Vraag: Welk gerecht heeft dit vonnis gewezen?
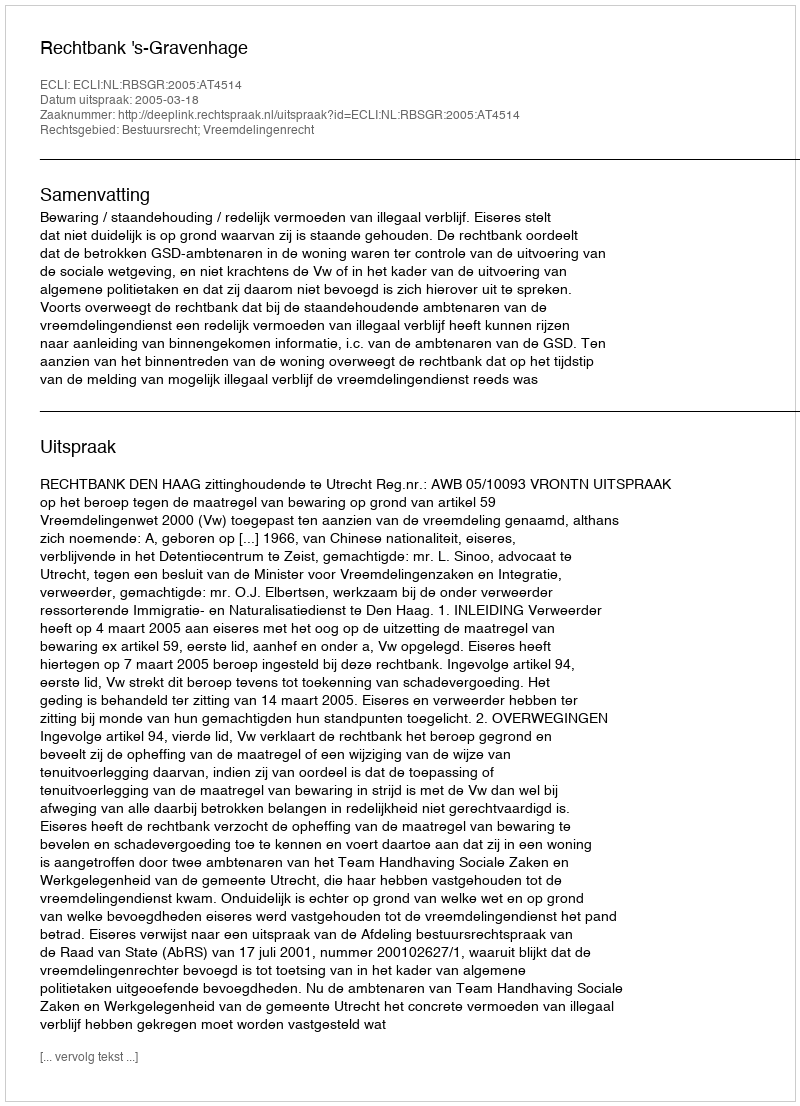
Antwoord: Rechtbank 's-Gravenhage